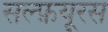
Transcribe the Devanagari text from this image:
सल्फ़यूरस